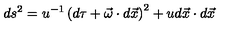
d s ^ { 2 } = u ^ { - 1 } \left( d \tau + \vec { \omega } \cdot d \vec { x } \right) ^ { 2 } + u d \vec { x } \cdot d \vec { x }